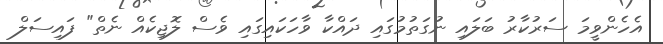
އެހެންވީމަ ސަރުކާރު ބަލައި ނުގަތުމުގައި ދައްކާ ވާހަކައިގައި ވެސް ލޮޖިކެއް ނެތް" ފައިސަލް